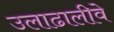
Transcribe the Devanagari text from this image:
उलाढालीवे